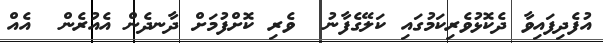
އުފެދިފައިވާ ދެކޮޅުވެރިކަމުގައި ކަލޭގެފާނު  ވެރި ކޮށްފުމަށް ދާނދެން އެއުރެން  އެއް